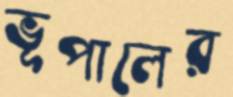
ভূপালের